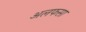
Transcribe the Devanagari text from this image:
अलफसा